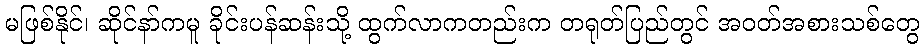
မဖြစ်နိုင်၊ ဆိုင်နာ်ကမူ ခိုင်းပန်ဆန်းသို့ ထွက်လာကတည်းက တရုတ်ပြည်တွင် အဝတ်အစားသစ်တွေ